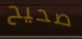
صحيح